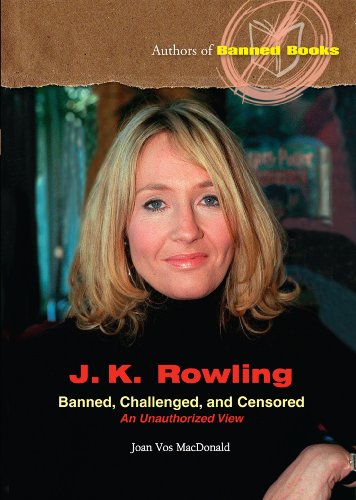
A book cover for J.K. Rowling: Banned, Challenged, And Censored (Authors of Banned Books); Joan Vos MacDonald; Teen & Young Adult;